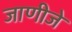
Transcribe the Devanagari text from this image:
जाणीजे